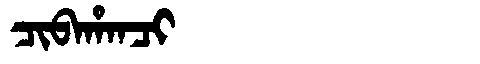
Manchu: ᠴᡳᠪᠠᡥᠠᠨᠴᡳ
Romanization: CIBAHANCI